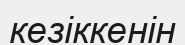
кезіккенін